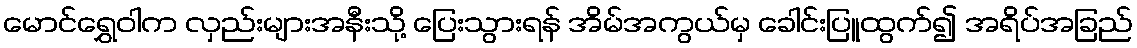
မောင်ရွှေဝါက လှည်းများအနီးသို့ ပြေးသွားရန် အိမ်အကွယ်မှ ခေါင်းပြူထွက်၍ အရိပ်အခြည်